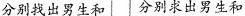
分别找出男生和 分别求出男生和